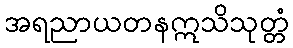
အရညာယတနဣသိသုတ္တံ